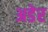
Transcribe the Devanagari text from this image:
अडेर